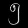
Digit: ၅